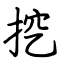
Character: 挖